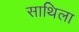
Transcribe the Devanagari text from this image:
साथिला